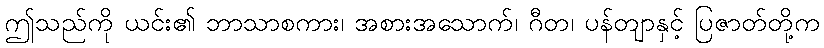
ဤသည်ကို ယင်း၏ ဘာသာစကား၊ အစားအသောက်၊ ဂီတ၊ ပန်တျာနှင့် ပြဇာတ်တို့က